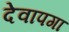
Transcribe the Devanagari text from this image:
देवापगा